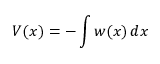
V ( x ) = - \int w ( x ) \, d x